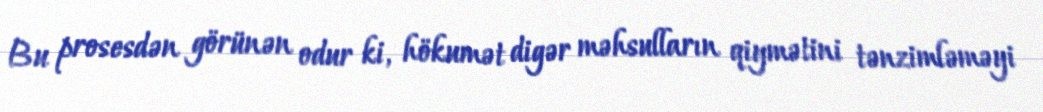
Bu prosesdən görünən odur ki, hökumət digər məhsulların qiymətini tənzimləməyi